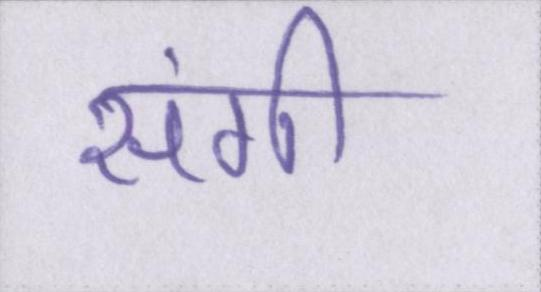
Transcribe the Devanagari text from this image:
संगी